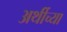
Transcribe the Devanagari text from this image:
अर्थीच्या